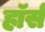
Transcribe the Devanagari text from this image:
हाॅर्स